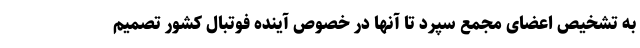
به تشخیص اعضای مجمع سپرد تا آنها در خصوص آینده فوتبال کشور تصمیم